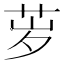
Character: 𬜨